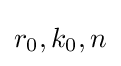
r_{0},k_{0},n